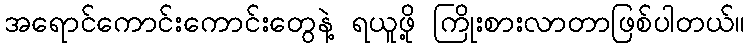
အရောင်ကောင်းကောင်းတွေနဲ့ ရယူဖို့ ကြိုးစားလာတာဖြစ်ပါတယ်။